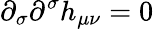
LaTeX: \partial_{\sigma}\partial^{\sigma}h_{\mu\nu}=0